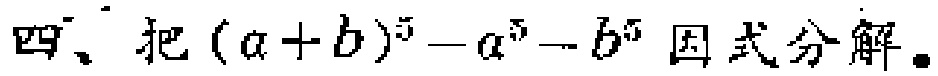
四、把\((a + b)^5 - a^5 - b^5\)因式分解。